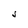
Character: J